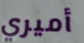
أميري